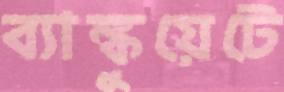
ব্যাঙ্কুয়েটে